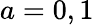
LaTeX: a=0,1